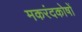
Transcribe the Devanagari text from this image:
मकरंदकोषों